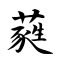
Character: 蕤